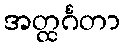
အတ္ထင်္ဂတာ